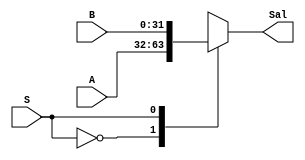
`timescale 1ns/1ns

module Mux4 (
		input [31:0]A,
		input [31:0]B,
		input S,
		output reg[31:0]Sal
);

initial 
begin
	Sal = 32'd0;
	#700;
end

always @*
begin
	case (S)
		1'b0:
		begin
			Sal = A;
		end
		1'b1:
		begin
			Sal = B;
		end
	endcase
end

endmodule